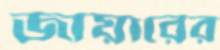
জায়ারের